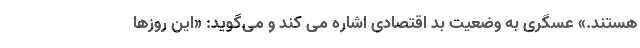
هستند.» عسگری به وضعیت بد اقتصادی اشاره می کند و می‌گوید: «این روزها